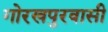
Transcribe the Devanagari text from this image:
गोरखपुरवासी